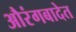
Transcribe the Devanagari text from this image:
औरंगबादेत